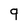
Character: q